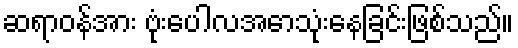
ဆရာဝန်အား ဗုံးပေါလအောသုံးနေခြင်းဖြစ်သည်။